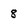
Character: 8